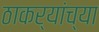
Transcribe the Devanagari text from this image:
ठाकर्‍यांच्या